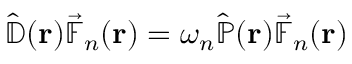
\hat { \mathbb { D } } ( \mathbf { r } ) \vec { \mathbb { F } } _ { n } ( \mathbf { r } ) = \omega _ { n } \hat { \mathbb { P } } ( \mathbf { r } ) \vec { \mathbb { F } } _ { n } ( \mathbf { r } )